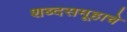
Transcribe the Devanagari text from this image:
शब्दसमूहाचे